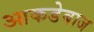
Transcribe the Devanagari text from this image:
आकडेबाज